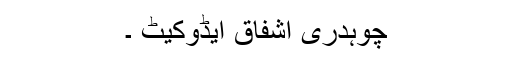
چوہدری اشفاق ایڈوکیٹ ۔